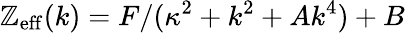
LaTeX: \mathbb{Z}_{\mathrm{{eff}}}(k)=F/({\kappa^{2}+k^{2}+Ak^{4}})+B